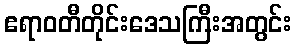
ဧရာဝတီတိုင်းဒေသကြီးအတွင်း